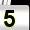
Digit: 5